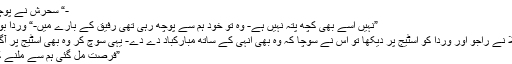
-“ سحرش نے پوچھا-
”نہیں اسے بھی کچھ پتہ نہیں ہے- وہ تو خود ہم سے پوچھ رہی تھی رفیق کے بارے میں-“ وردا بولی-
شہلا نے راجو اور وردا کو اسٹیج پر دیکھا تو اس نے سوچا کہ وہ بھی انہی کے ساتھ مبارکباد دے دے- یہی سوچ کر وہ بھی اسٹیج پر آگئی-
”فرصت مل گئی ہم سے ملنے کی؟